Report of the Indian Hemp Drugs Commission, 1894-1895 - Volume VI
Year: 1894
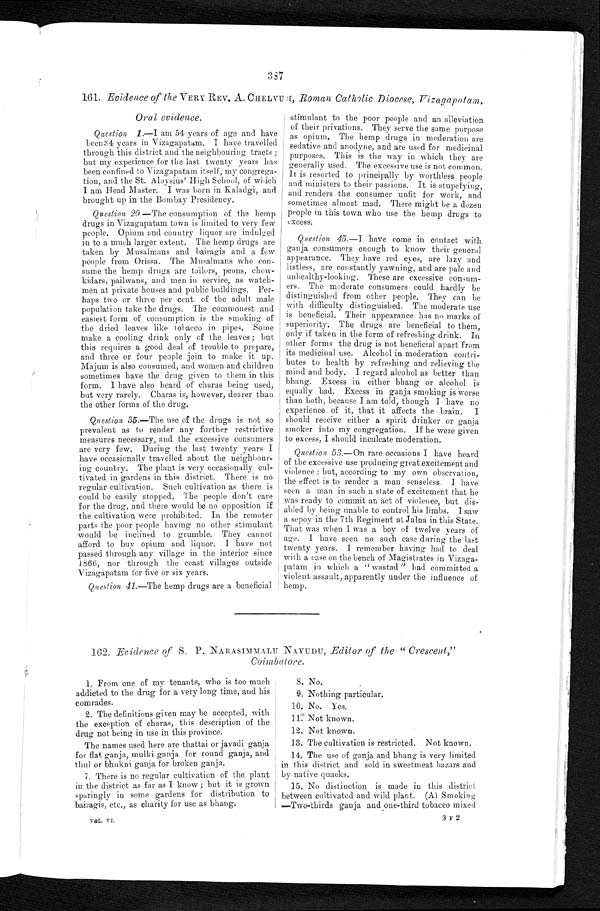
387
161. Evidence of the VERY REV. A. CHELVUM, Roman Catholic Diocese, Vizagapatam.
Oral evidence .
Question 1 .—I am 54 years of age and have
been 34 years in Vizagapatam. I have travelled
through this district and the neighbouring tracts ;
but my experience for the last twenty years has
been confined to Vizagapatam itself, my congrega-
tion, and the St. Aloysius' High School, of which
I am Head Master, I was born in Kaladgi, and
brought up in the Bombay Presidency.
Question 20.—The consumption of the hemp
drugs in Vizagapatam town is limited to very few
people. Opium and country liquor are indulged
in to a much larger extent. The hemp drugs are
taken by Musalmans and bairagis and a few
people from Orissa. The Musalmans who con-
sume the hemp drugs are tailors, peons, chow-
kidars, pailwans, and men in service, as watch-
men at private houses and public buildings. Per-
haps two or three per cent. of the adult male
population take the drugs. The commonest and
easiest form of consumption is the smoking of
the dried leaves like tobacco in pipes. Some
make a cooling drink only of the leaves ; but
this requires a good deal of trouble to prepare,
and three or four people join to make it up.
Majum is also consumed, and women and children
sometimes have the drug given to them in this
form. I have also heard of charas being used,
but very rarely. Charas is, however, dearer than
the other forms of the drug.
Question 35 .—The use of the drugs is not so
prevalent as to render any further restrictive
measures necessary, and the excessive consumers
are very few. During the last twenty years I
have occasionally travelled about the neighbour-
ing country. The plant is very occasionally cul-
tivated in gardens in this district. There is no
regular cultivation. Such cultivation as there is
could be easily stopped. The people don't care
for the drug, and there would be no opposition if
the cultivation were prohibited. In the remoter
parts the poor people having no other stimulant
would be inclined to grumble. They cannot
afford to buy opium and. liquor. I have not
passed through any village in the interior since
1866, nor through the coast villages outside
Vizagapatam for five or six years.
Question 41 .—The hemp drugs are a beneficial
stimulant to the poor people and an alleviation
of their privations. They serve the same purpose
as opium. The hemp drugs in moderation are
sedative and anodyne, and are used for medicinal
purposes. This is the way in which they are
generally used. The excessive use is not common.
It is resorted to principally by worthless people
and ministers to their passions. It is stupefying,
and renders the consumer unfit for work, and
sometimes almost mad. There might be a dozen
people in this town who use the hemp drugs to
excess.
Question 45 .—I have come in contact with
ganja consumers enough to know their general
appearance. They have red eyes, are lazy and
listless, are constantly yawning, and are pale and
unhealthy-looking. These are excessive consum-
ers. The moderate consumers could hardly be
distinguished from other people. They can be
with difficulty distinguished. The moderate use
is beneficial. Their appearance has no marks of
superiority. The drugs are beneficial to them,
only if taken in the form of refreshing drink. In
other forms the drug is not beneficial apart from
its medicinal use. Alcohol in moderation contri-
butes to health by refreshing and relieving the
mind and body. I regard alcohol as better than
bhang. Excess in either bhang or alcohol is
equally bad, Excess in ganja smoking is worse
than both, because I am told, though I have no
experience of it, that it affects the brain. I
should receive either a spirit drinker or ganja
smoker into my congregation. If he were given
to excess, I should inculcate moderation.
Question 53 .—On rare occasions I have heard
of the excessive use producing great excitement, and
violence; but, according to my own observation,
the effect is to render a man senseless. I have
seen a man in such a state of excitement that he
was ready to commit an act of violence, but dis-
abled by being unable to control his limbs. I saw
a sepoy in the 7th Regiment at Jalna in this State.
That was when I was a boy of twelve years of
age. I have seen no such case during the last
twenty years. I remember having had to deal
With a case on the bench of Magistrates in Vizaga-
patam in which a " wastad " had committed a
violent assault, apparently under the influence of
hemp.
162. Evidence of S. P. NARASIMMALU NAYUDU, Editor of the " Crescent,"
Coimbatore
.
1. From one of my tenants, who is too much
addicted to the drug for a very long time, and his
comrades.
2. The definitions given may be accepted, with
the exception of charas, this description of the
drug not being in use in this province.
The names used here are thattai or javadi ganja
for flat ganja, mulki ganja for round ganja, and
thul or bhukni ganja for broken ganja.
7. There is no regular cultivation of the plant
in the district as far as I know; but it is grown
sparingly in some gardens for distribution to
bairagis, etc., as charity for use as bhang.
VOL. VI.
8. No.
9. Nothing particular.
10. No. Yes.
11.
Not known.
12. Not known.
13. The cultivation is restricted, Not known.
14. The use of ganja and bhang is very limited
in this district and sold in sweetmeat bazars and
by native quacks.
15. No distinction is made in this district
between cultivated and wild plant. (A) Smoking
—Two-thirds ganja and one-third tobacco mixed
3 F 2